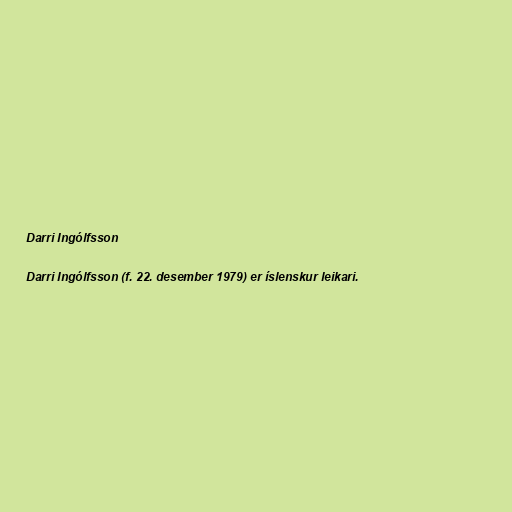
Darri Ingólfsson

Darri Ingólfsson (f. 22. desember 1979) er íslenskur leikari.